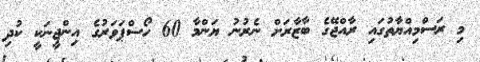
މި ރަސްމިއްޔާތުގައި ރާއްޖޭގެ ބާޒާރަށް ނެރުނު ޔަންމާ 60 ހޯސްޕަވަރުގެ އިންޖީނަކީ ކުދި